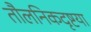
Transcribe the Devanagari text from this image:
तौलनिकदृष्टया